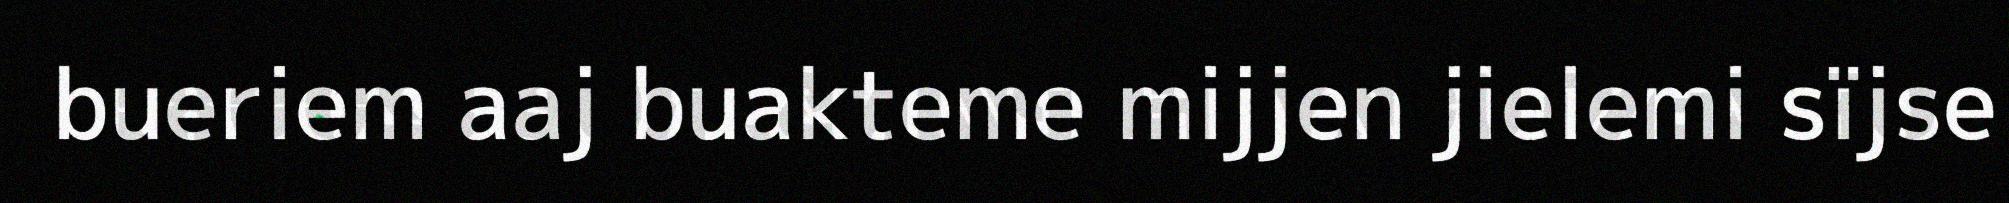
bueriem aaj buakteme mijjen jielemi sïjse